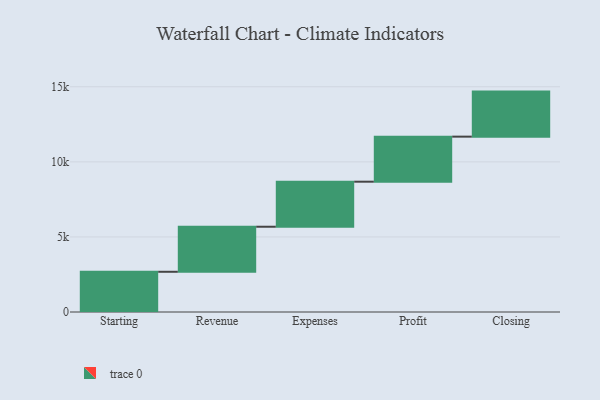
{"axis": {"x": "Step", "y": "Value"}, "legend": [""], "data": [{"x": "Starting", "y": 2679.0, "type": ""}, {"x": "Revenue", "y": 3000, "type": ""}, {"x": "Expenses", "y": 3000, "type": ""}, {"x": "Profit", "y": 3000, "type": ""}, {"x": "Closing", "y": 3000, "type": ""}]}